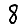
Digit: 8